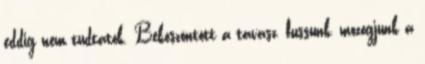
eddig nem tudtatok. Beköszöntött a tavasz, fussunk, mozogjunk a